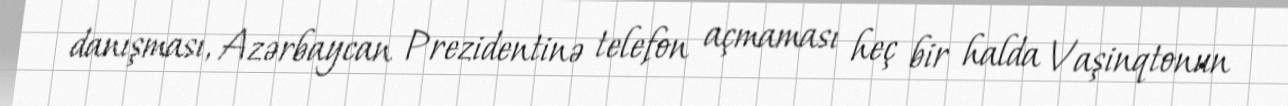
danışması, Azərbaycan Prezidentinə telefon açmaması heç bir halda Vaşinqtonun